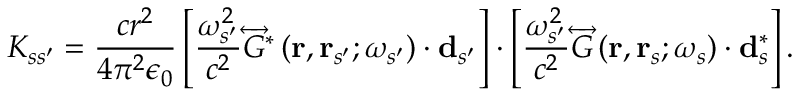
K _ { s s ^ { \prime } } = \frac { c r ^ { 2 } } { 4 \pi ^ { 2 } \epsilon _ { 0 } } \left[ \frac { \omega _ { s ^ { \prime } } ^ { 2 } } { c ^ { 2 } } \overleftrightarrow { G } ^ { * } \left( \mathbf { r } , \mathbf { r } _ { s ^ { \prime } } ; \omega _ { s ^ { \prime } } \right) \cdot \mathbf { d } _ { s ^ { \prime } } \right] \cdot \left[ \frac { \omega _ { s ^ { \prime } } ^ { 2 } } { c ^ { 2 } } \overleftrightarrow { G } \left( \mathbf { r } , \mathbf { r } _ { s } ; \omega _ { s } \right) \cdot \mathbf { d } _ { s } ^ { * } \right] .